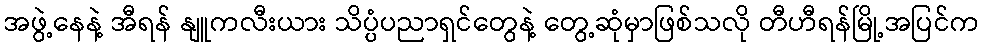
အဖွဲ့နေနဲ့ အီရန် နျူကလီးယား သိပ္ပံပညာရှင်တွေနဲ့ တွေ့ဆုံမှာဖြစ်သလို တီဟီရန်မြို့အပြင်က